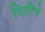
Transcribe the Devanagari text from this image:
दितीचे